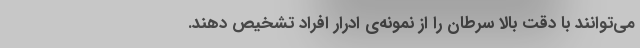
می‌توانند با دقت بالا سرطان را از نمونه‌ی ادرار افراد تشخیص دهند.